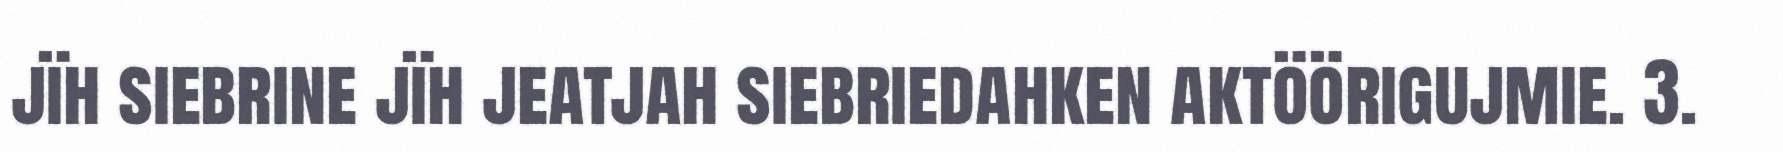
jïh siebrine jïh jeatjah siebriedahken aktöörigujmie. 3.